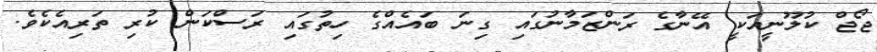
ޖޯޖް ކުލޫނީއަކީ އޭނާގެ ރަންޒަމާނުގައި ގިނަ ބައެއްގެ ހިތުގައި ރަސްކަން ކުރި ތަރިއެކެވެ.